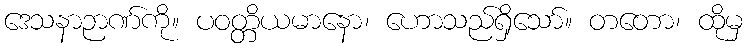
ဒေသနာဉာဏ်ကို။ ပဝတ္တိယမာနော၊ ဟောသည်ရှိသော်။ တတော၊ ထိုမှ